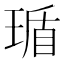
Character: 𬍸